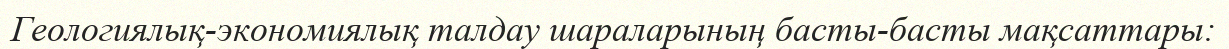
Геологиялық-экономиялық талдау шараларының басты-басты мақсаттары: